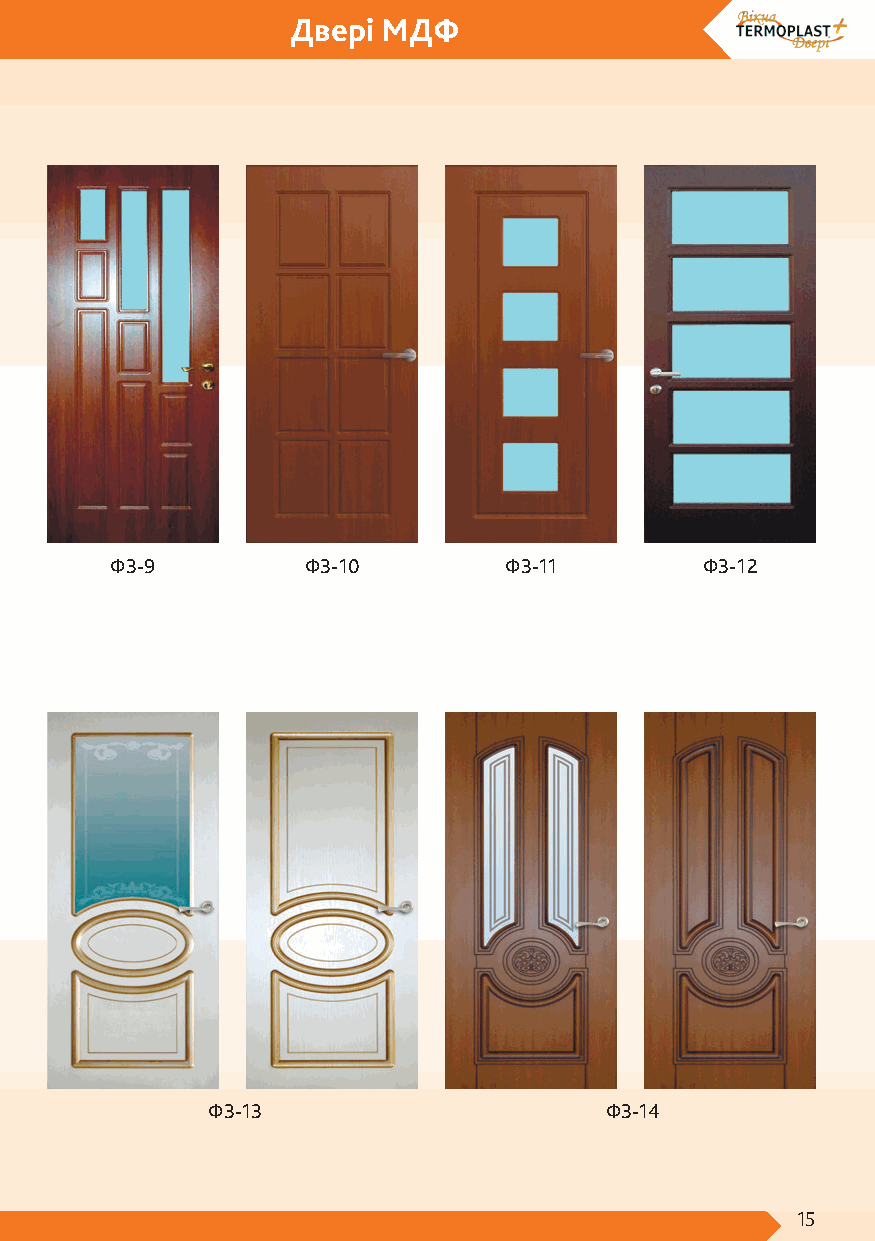
Двері МДФ
 ФЗ-9         ФЗ-10        ФЗ-11        ФЗ-12
 ФЗ-13                     ФЗ-14
 15